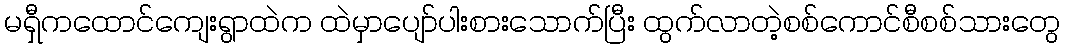
မရှီကထောင်ကျေးရွာထဲက ထဲမှာပျော်ပါးစားသောက်ပြီး ထွက်လာတဲ့စစ်ကောင်စီစစ်သားတွေ